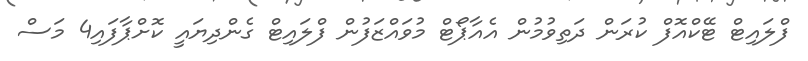
ފްލައިޓް ޓޭކްއޮފް ކުރަން ދަތިވުމުން އެއާޕޯޓް މުވައްޒަފުން ފްލައިޓް ގެންދިޔައީ ކޮށްޕާފައި4 މަސް